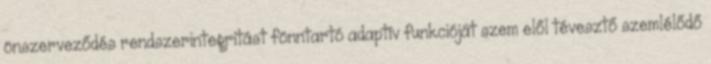
önszerveződés rendszerintegritást fönntartó adaptív funkcióját szem elől tévesztő szemlélődő